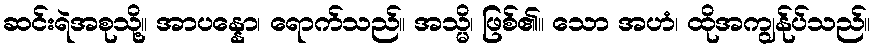
ဆင်းရဲအစုသို့။ အာပန္နော၊ ရောက်သည်။ အသ္မိ၊ ဖြစ်၏။ သော အဟံ၊ ထိုအကျွန်ုပ်သည်။